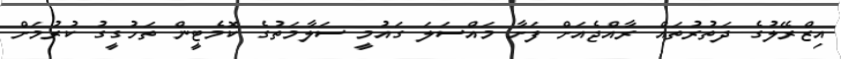
އިޒްރޭލުގެ ދަތުރުތައް ރާއްޖެއަށް ފަށާ މައްސަލަ ގައުމީ ސަލާމަތުގެ ކޮމެޓީން ތަހުގީގު ކުރުމަށް